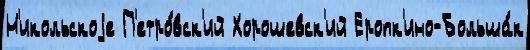
Н'икольскоjе П'етро́вск'ий Хорошевск'ий Еропк'ино-Больша́к